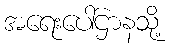
အရေးပေါ်ဌာနသို့